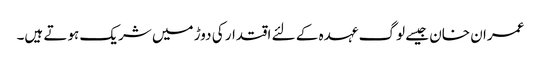
عمران خان جیسے لوگ عہدہ کے لئے اقتدار کی دوڑ میں شریک ہوتے ہیں۔